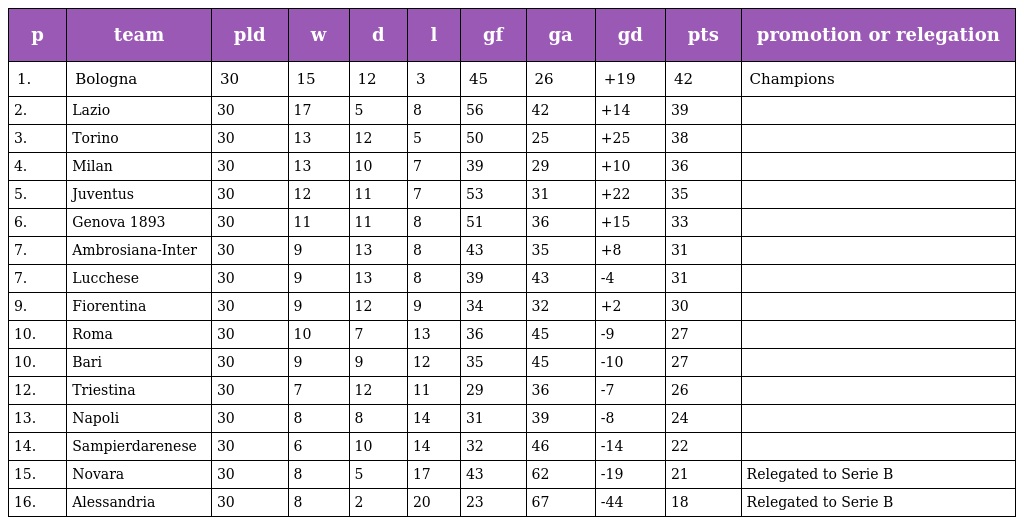
| p | team | pld | w | d | l | gf | ga | gd | pts | promotion or relegation |
 | --- | --- | --- | --- | --- | --- | --- | --- | --- | --- | --- |
 | 1. | Bologna | 30 | 15 | 12 | 3 | 45 | 26 | +19 | 42 | Champions |
 | 2. | Lazio | 30 | 17 | 5 | 8 | 56 | 42 | +14 | 39 |  |
 | 3. | Torino | 30 | 13 | 12 | 5 | 50 | 25 | +25 | 38 |  |
 | 4. | Milan | 30 | 13 | 10 | 7 | 39 | 29 | +10 | 36 |  |
 | 5. | Juventus | 30 | 12 | 11 | 7 | 53 | 31 | +22 | 35 |  |
 | 6. | Genova 1893 | 30 | 11 | 11 | 8 | 51 | 36 | +15 | 33 |  |
 | 7. | Ambrosiana-Inter | 30 | 9 | 13 | 8 | 43 | 35 | +8 | 31 |  |
 | 7. | Lucchese | 30 | 9 | 13 | 8 | 39 | 43 | -4 | 31 |  |
 | 9. | Fiorentina | 30 | 9 | 12 | 9 | 34 | 32 | +2 | 30 |  |
 | 10. | Roma | 30 | 10 | 7 | 13 | 36 | 45 | -9 | 27 |  |
 | 10. | Bari | 30 | 9 | 9 | 12 | 35 | 45 | -10 | 27 |  |
 | 12. | Triestina | 30 | 7 | 12 | 11 | 29 | 36 | -7 | 26 |  |
 | 13. | Napoli | 30 | 8 | 8 | 14 | 31 | 39 | -8 | 24 |  |
 | 14. | Sampierdarenese | 30 | 6 | 10 | 14 | 32 | 46 | -14 | 22 |  |
 | 15. | Novara | 30 | 8 | 5 | 17 | 43 | 62 | -19 | 21 | Relegated to Serie B |
 | 16. | Alessandria | 30 | 8 | 2 | 20 | 23 | 67 | -44 | 18 | Relegated to Serie B |